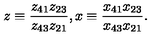
z \equiv \frac { z _ { 4 1 } z _ { 2 3 } } { z _ { 4 3 } z _ { 2 1 } } , x \equiv \frac { x _ { 4 1 } x _ { 2 3 } } { x _ { 4 3 } x _ { 2 1 } } .